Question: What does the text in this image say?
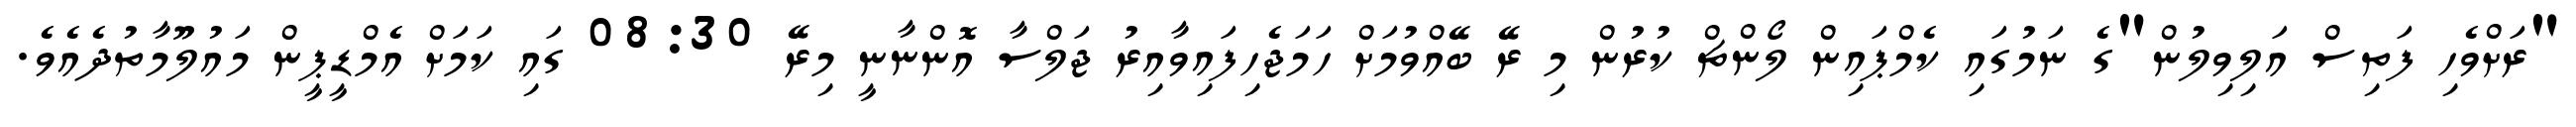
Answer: "ރަށްވެހި ފަތިސް އަލިވިލުން"ގެ ނަމުގައި ކެމްޕައިން ލޯންޗް ކުރުން މި ރޭ ބޭއްވުމަށް ހަމަޖެހިފައިވާއިރު ޖަލްސާ އޮންނާނީ މިރޭ 08:30 ގައި ކަމަށް އެމްޑީޕީން މައުލޫމާތުދެއެވެ.